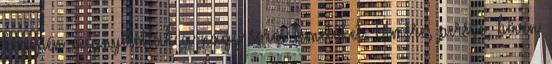
közepén megnyitották a nagy soros temetőket. Amire, persze, bőven